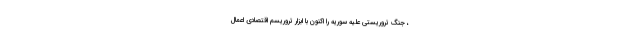
، جنگ تروریستی علیه سوریه را اکنون با ابزار تروریسم اقتصادی اعمال